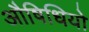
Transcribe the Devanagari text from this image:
औषिधियो